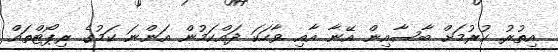
އިތުރު ކުރުމަށް ބާސާއިން އޭނާ އާއި ވާހަކަ ދައްކަމުން އަންނަ ކަމުގެ ރިޕޯޓްތައް